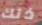
ذلك